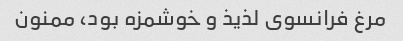
مرغ فرانسوی لذیذ و خوشمزه بود، ممنون